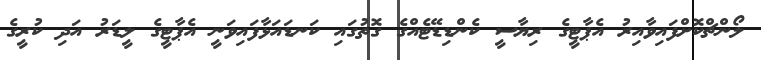
ލޯންޗްކޮށްފައިވާއިރު އެޕާޓީގެ ރިޔާސީ ކެންޑިޑޭޓެއްގެ ގޮތުގައި ކަނޑައަޅާފައިވަނީ އެޕާޓީގެ ލީޑަރު އަދި ކުރީގެ